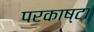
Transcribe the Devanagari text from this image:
परकाष्टा